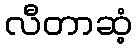
လီတာဆံ့